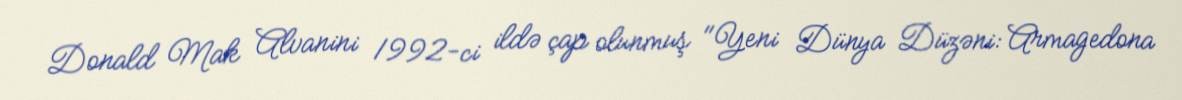
Donald Mak Alvanini 1992-ci ildə çap olunmuş "Yeni Dünya Düzəni: Armagedona